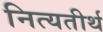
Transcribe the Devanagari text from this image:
नित्यतीर्थ